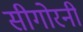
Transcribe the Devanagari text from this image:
सीगोरनी